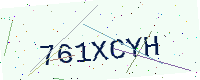
Text: 761XCYH